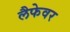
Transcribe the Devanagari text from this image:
लैफेवर